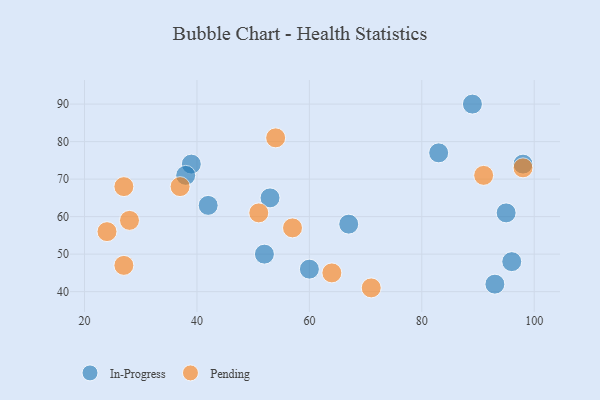
{"axis": {"x": "GDP", "y": "Life Expectancy"}, "legend": ["In-Progress", "Pending"], "data": [{"x": "53", "y": 65, "type": "In-Progress"}, {"x": "42", "y": 63, "type": "In-Progress"}, {"x": "93", "y": 42, "type": "In-Progress"}, {"x": "98", "y": 74, "type": "In-Progress"}, {"x": "95", "y": 61, "type": "In-Progress"}, {"x": "83", "y": 77, "type": "In-Progress"}, {"x": "39", "y": 74, "type": "In-Progress"}, {"x": "60", "y": 46, "type": "In-Progress"}, {"x": "96", "y": 48, "type": "In-Progress"}, {"x": "38", "y": 71, "type": "In-Progress"}, {"x": "89", "y": 90, "type": "In-Progress"}, {"x": "52", "y": 50, "type": "In-Progress"}, {"x": "67", "y": 58, "type": "In-Progress"}, {"x": "24", "y": 56, "type": "Pending"}, {"x": "37", "y": 68, "type": "Pending"}, {"x": "51", "y": 61, "type": "Pending"}, {"x": "57", "y": 57, "type": "Pending"}, {"x": "27", "y": 47, "type": "Pending"}, {"x": "71", "y": 41, "type": "Pending"}, {"x": "54", "y": 81, "type": "Pending"}, {"x": "98", "y": 73, "type": "Pending"}, {"x": "27", "y": 68, "type": "Pending"}, {"x": "28", "y": 59, "type": "Pending"}, {"x": "91", "y": 71, "type": "Pending"}, {"x": "64", "y": 45, "type": "Pending"}]}